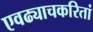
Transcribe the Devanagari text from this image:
एवढ्याचकरितां